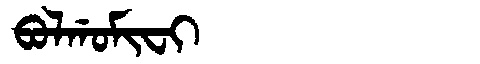
Manchu: ᠪᠣᠯᡤᠣᠮᡳᠸᡳ
Romanization: BOLGOMIFI